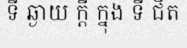
ទី ឆ្ងាយ ក្តី ក្នុង ទី ជិត